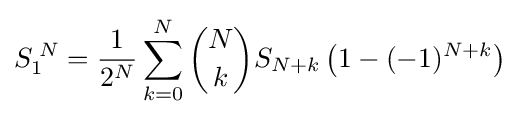
S_{1}^{\;N}={\frac {1}{2^{N}}}\sum _{k=0}^{N}{N \choose k}S_{N+k}\left(1-(-1)^{N+k}\right)